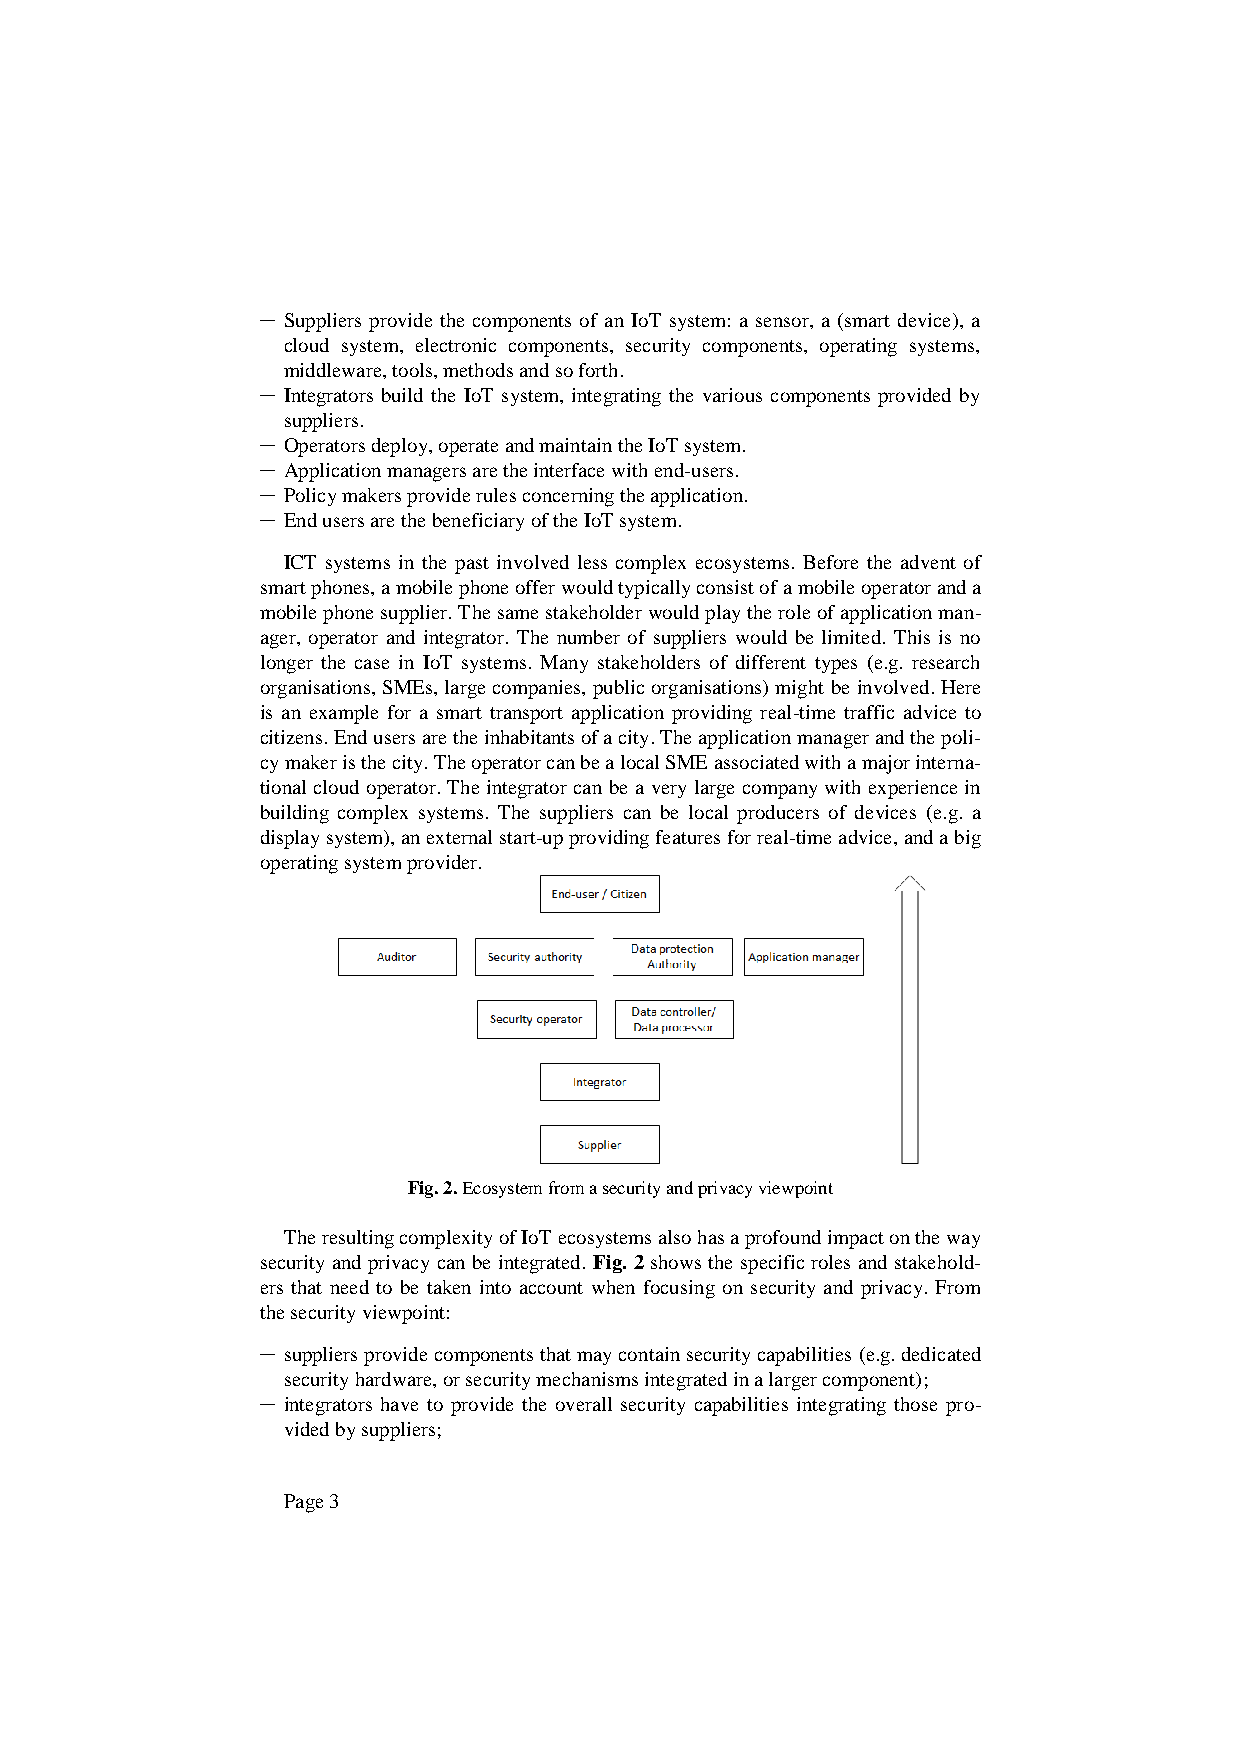
─ Suppliers provide the components of an IoT system: a sensor, a (smart device), a
 cloud system, electronic components, security components, operating systems,
 middleware, tools, methods and so forth.
 ─ Integrators build the IoT system, integrating the various components provided by
 suppliers.
 ─ Operators deploy, operate and maintain the IoT system.
 ─ Application managers are the interface with end-users.
 ─ Policy makers provide rules concerning the application.
 ─ End users are the beneficiary of the IoT system.
 ICT systems in the past involved less complex ecosystems. Before the advent of
 smart phones, a mobile phone offer would typically consist of a mobile operator and a
 mobile phone supplier. The same stakeholder would play the role of application man-
 ager, operator and integrator. The number of suppliers would be limited. This is no
 longer the case in IoT systems. Many stakeholders of different types (e.g. research
 organisations, SMEs, large companies, public organisations) might be involved. Here
 is an example for a smart transport application providing real-time traffic advice to
 citizens. End users are the inhabitants of a city. The application manager and the poli-
 cy maker is the city. The operator can be a local SME associated with a major interna-
 tional cloud operator. The integrator can be a very large company with experience in
 building complex systems. The suppliers can be local producers of devices (e.g. a
 display system), an external start-up providing features for real-time advice, and a big
 operating system provider.
 Fig. 2. Ecosystem from a security and privacy viewpoint
 The resulting complexity of IoT ecosystems also has a profound impact on the way
 security and privacy can be integrated. Fig. 2 shows the specific roles and stakehold-
 ers that need to be taken into account when focusing on security and privacy. From
 the security viewpoint:
 ─ suppliers provide components that may contain security capabilities (e.g. dedicated
 security hardware, or security mechanisms integrated in a larger component);
 ─ integrators have to provide the overall security capabilities integrating those pro-
 vided by suppliers;
 Page 3